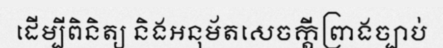
ដើម្បីពិនិត្យ និងអនុម័តសេចក្តីព្រាងច្បាប់